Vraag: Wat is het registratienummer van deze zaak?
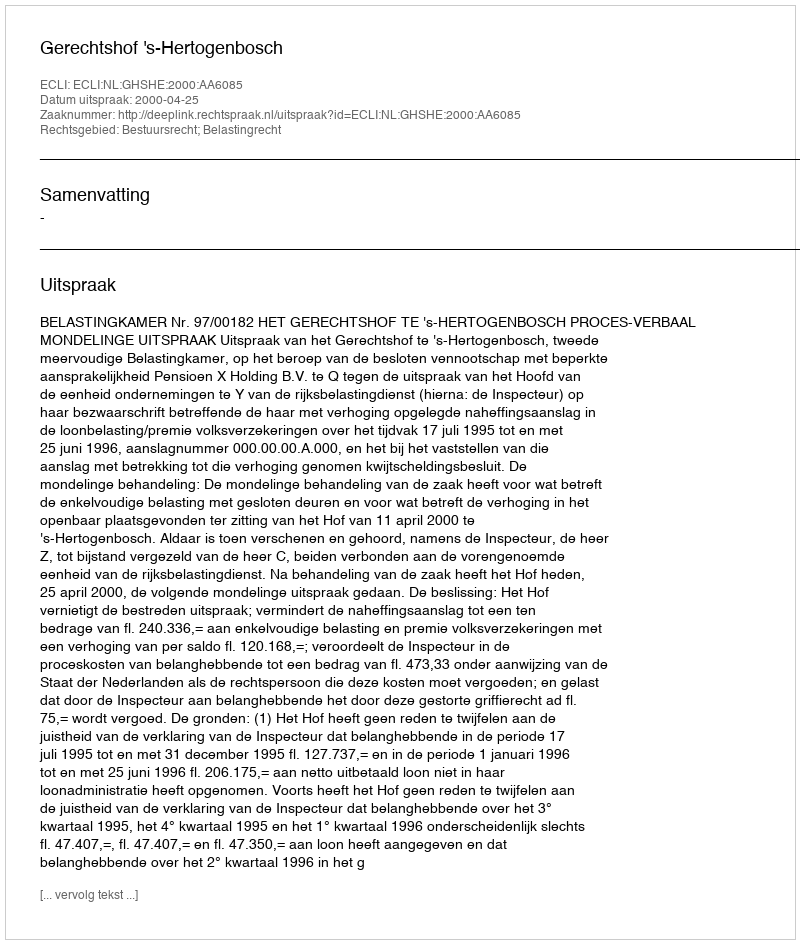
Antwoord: http://deeplink.rechtspraak.nl/uitspraak?id=ECLI:NL:GHSHE:2000:AA6085